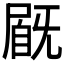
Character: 𡲽